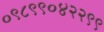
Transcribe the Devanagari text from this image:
०९८९९०४२२९९